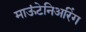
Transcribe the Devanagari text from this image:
माऊंटेनिअरिंग